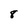
Character: 8